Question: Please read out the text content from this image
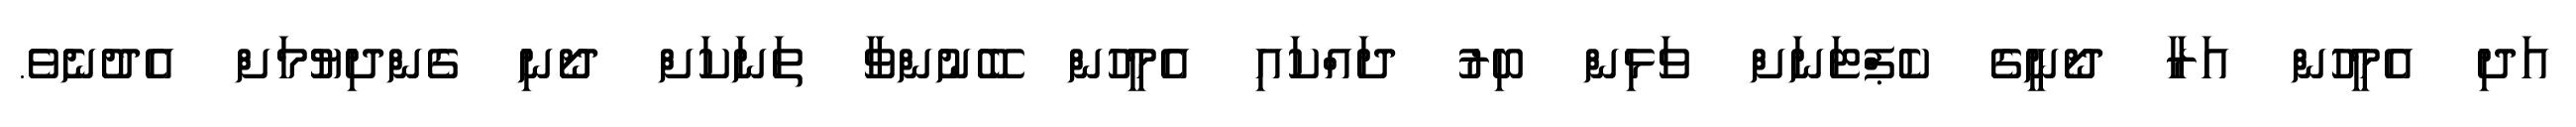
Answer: އަދި އެމީހުން އަރާ ދޯނީގެ ކެޕްޓަނަށް ވަޅިން ބިރު ދައްކައި އެމީހުން ބޭނުންވާ ތަނަކަށް ދޯނި ގެންދިޔުމަށް އެދުނެވެ.